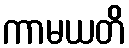
ကာမယတိ